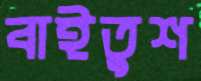
বাইতুশ